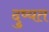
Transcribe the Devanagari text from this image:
दुष्यत